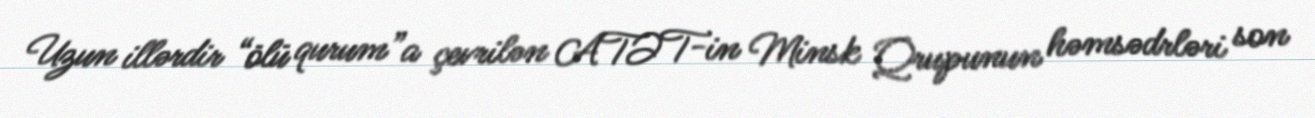
Uzun illərdir “ölü qurum”a çevrilən ATƏT-in Minsk Qrupunun həmsədrləri son